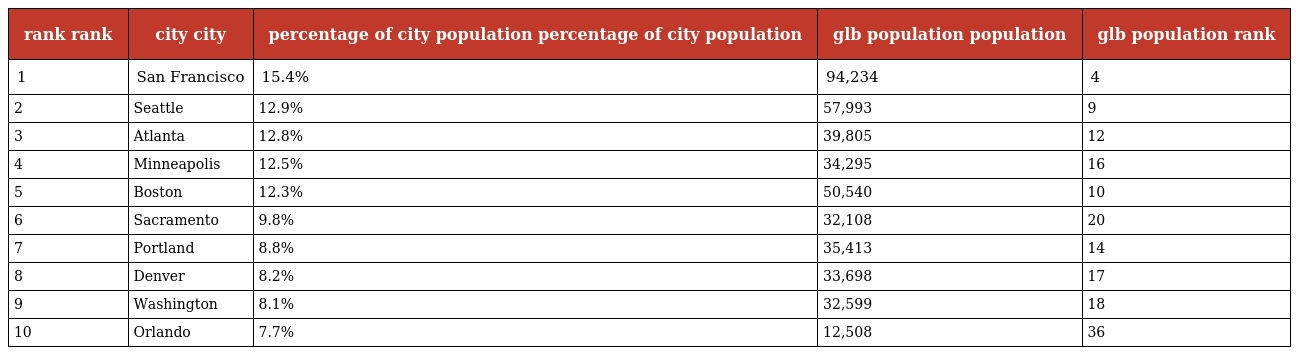
| rank rank | city city | percentage of city population percentage of city population | glb population population | glb population rank |
 | --- | --- | --- | --- | --- |
 | 1 | San Francisco | 15.4% | 94,234 | 4 |
 | 2 | Seattle | 12.9% | 57,993 | 9 |
 | 3 | Atlanta | 12.8% | 39,805 | 12 |
 | 4 | Minneapolis | 12.5% | 34,295 | 16 |
 | 5 | Boston | 12.3% | 50,540 | 10 |
 | 6 | Sacramento | 9.8% | 32,108 | 20 |
 | 7 | Portland | 8.8% | 35,413 | 14 |
 | 8 | Denver | 8.2% | 33,698 | 17 |
 | 9 | Washington | 8.1% | 32,599 | 18 |
 | 10 | Orlando | 7.7% | 12,508 | 36 |